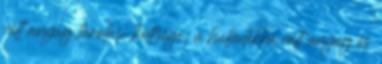
vált anyag tárolási költsége; a hulladékká vált anyag és